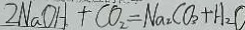
2 N a O H + C O _ { 2 } = N a _ { 2 } C O _ { 3 } + H _ { 2 } O